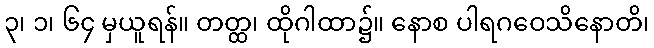
၃၊ ၁၊ ၆၄ မှယူရန်။ တတ္ထ၊ ထိုဂါထာ၌။ နောစ ပါရဂဝေသိနောတိ၊